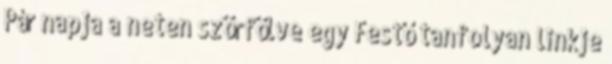
Pár napja a neten szörfölve egy Festő tanfolyan linkje